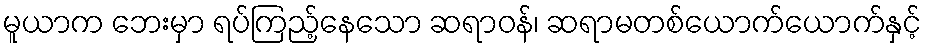
မူယာက ဘေးမှာ ရပ်ကြည့်နေသော ဆရာဝန်၊ ဆရာမတစ်ယောက်ယောက်နှင့်